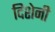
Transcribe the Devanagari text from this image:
दिशेनी